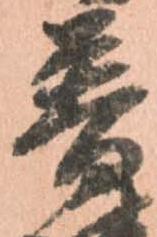
普